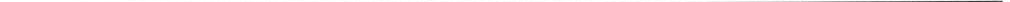
___